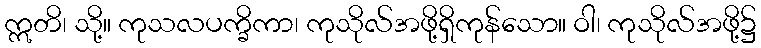
ဣတိ၊ သို့။ ကုသလပက္ခိကာ၊ ကုသိုလ်အဖို့ရှိကုန်သော။ ဝါ၊ ကုသိုလ်အဖို့၌